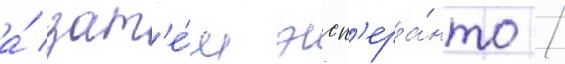
а́ зат'е́м эсп'ера́нто /